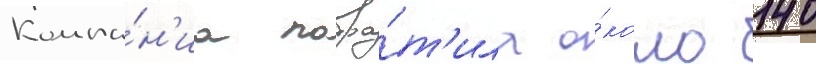
Компа́н'иа потра́т'ила о́коло 140